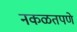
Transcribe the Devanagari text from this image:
नकळतपणे